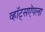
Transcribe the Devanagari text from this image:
व्हॉट्सऍपला